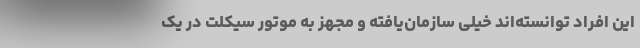
این افراد توانسته‌اند خیلی سازمان‌یافته و مجهز به موتور سیکلت در یک